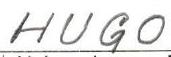
HUGO